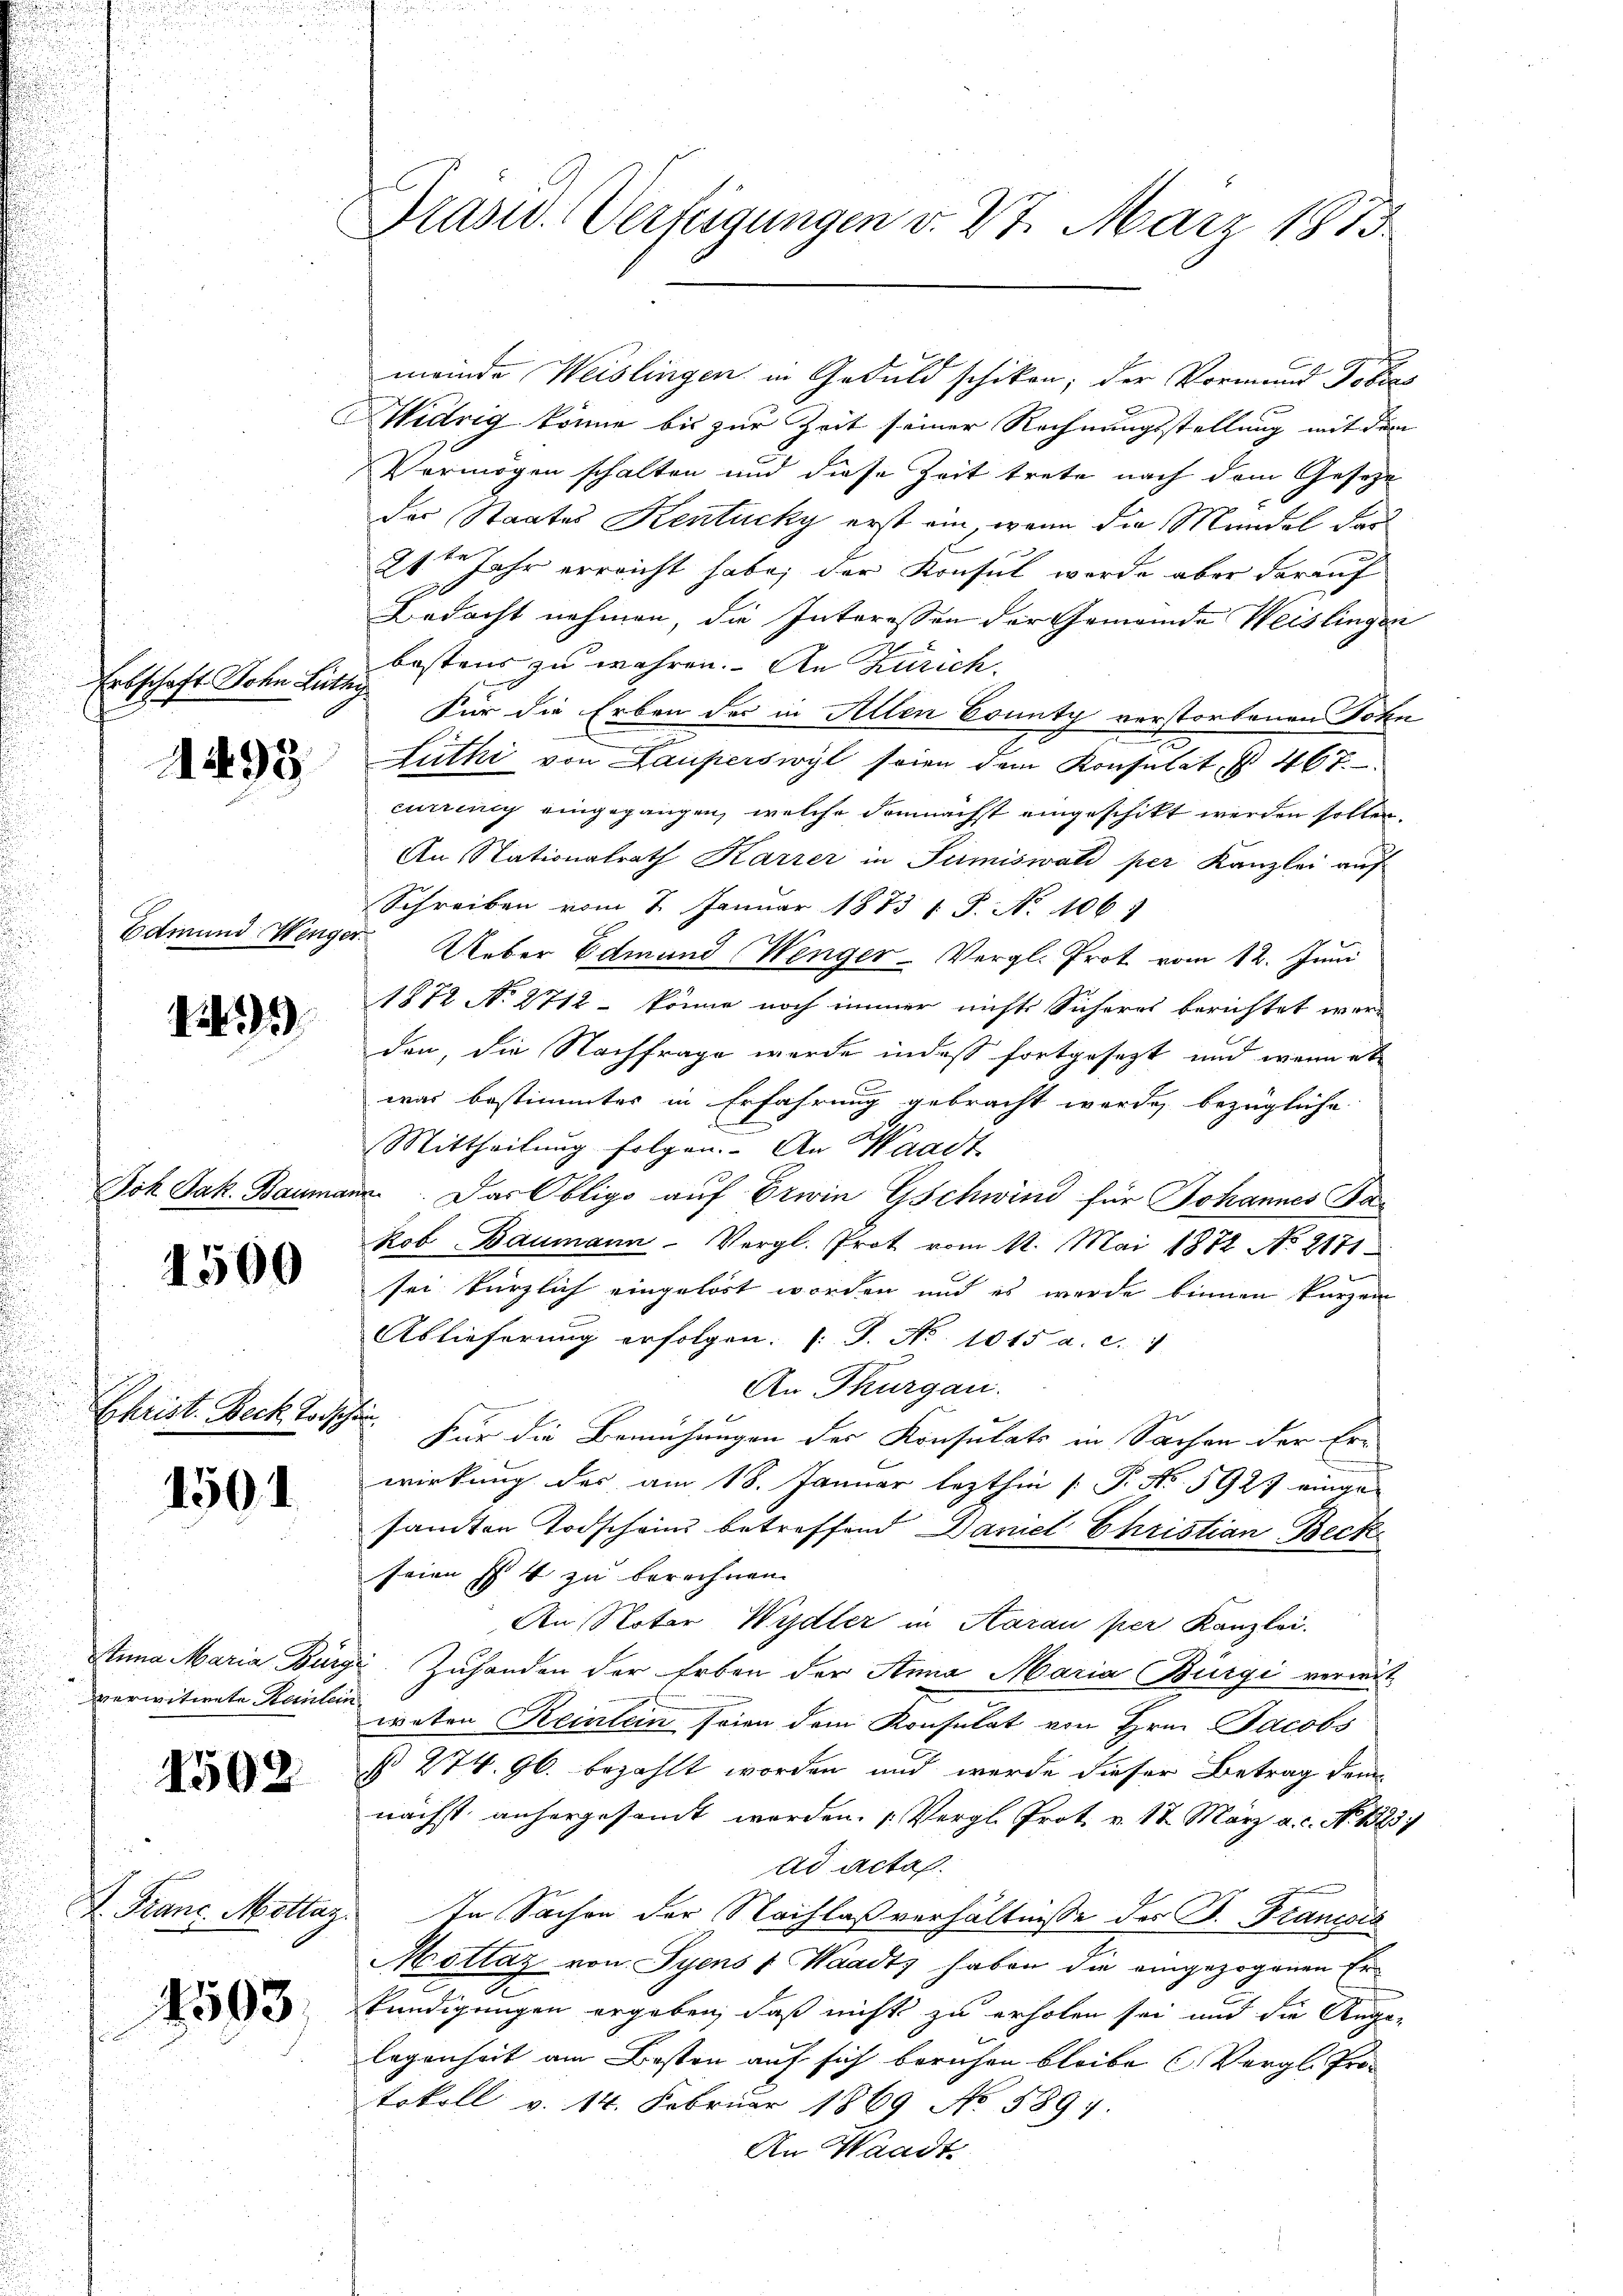
n

2

Erbschaft Sohn Lüthy

1493

Edmund Wenger

1291)

1500

Christ. Beck Joh.

1501

Anna Maria Bürg
verwitwete Keinlein

1502

K. Franz. Mottaz.

4593.

E

Prasw. Verfügungen d. 27. März 1873

Widrig könne bis zur Zeit seiner Rechnungsstellung mit dem
Vermögen schalten und diese Zeit trete nach dem Gesetze
des Staates Kentucky erst ein, wenn die Mündel dar
24ten Jahr erreicht habe; der Konsul werde aber darauf
Bedacht nehmen, die Interessen der Gemeinde Weislingen
bestens zu währen. An Zürich
Für die Erben der in Allen County verstorbenen Sohn
Luthe von Lauferswyl seien dem Konsulat, s. 467.
curreng eingegangen, welche demnächst eingeschikt werden sollen,
An Stationalrath Karrer in Jumiswald per Kanzlei auf
Schreiben vom 1. Januar 1873 1 S. No 106.
Ueber Edmund Wenger-Vergl. Prot vom 12. Juni
1872 No 2712 - könne noch immer nichts Sicheres berichtet worden, die Nachfrage werde indes fortgesezt und wenn et
was bestimmter in Erfahrung gebracht werde, bezügliche
Mittheilung folgen. An Waadt
Joh Jak. Baumann. Das Obligo auf Erwin Gschwind für Johannes Jakob Baumann-Vergl. Prot vom 12. Mai 1872 No 2171
sei kürzlich eingelöst worden und es wurde binnen kurzem
Ablieferung erfolgen. (: S. Nr. 1015 a. c.
An Thurgau.
¬
Für die Bemühungen der Konsulats in Sachen der Erwirkung der am 18. Januar lezthin (: P. Nr. 5927 eingesamten Todscheins betreffend Daniel Christian Beck
seien ist zu berechnen.
An Notar Wydler in Aarau per Kanzlei.
u. Zuhanden der Erben der Anna Maria Bürgi vermitweten Reinlein seien dem Konsulat von Hrn. Jacobs
§ 274. 96. bezahlt worden und werde dieser Betrag dem
nächst anhergesamt werden. (Vergl. Prot. v. 17. März a.c. No. 1323)
ad actas.
In Sachen der Nachlaßverhältnisse des P. Francois
Mottaz von Syens 1 Waadt haben die eingezogenen Er-
kündigungen ergeben, daß nicht zu erholen sei und die Ange-
legenheit am Besten auf sich beruhen bleibe (Vergl. Protokoll v. 14. Februar 1869 No 5897.
An Waadt

meinde Weislingen in Geduld schiken; der Vormund Tobias